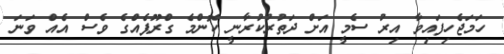
ހަމަޖެހިފައިވާ އިރު ސެމީ އަށް ދަތުރުކުރާނީ ކޮންމެ ގްރޫޕެއްގެ ވެސް އެއް ވަނަ